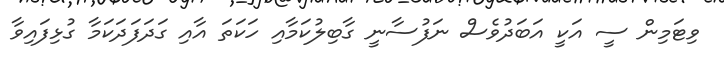
ވިޓަމިން ސީ އަކީ އަބަދުވެސް ނަފުސާނީ ގާބިލުކަމާއި ހަކަތަ އާއި ގަދަފަދަކަމާ ގުޅިފައިވާ